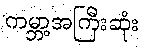
ကမ္ဘာ့အကြီးဆုံး